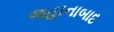
જહાનાબાદ